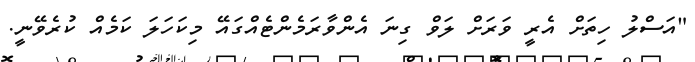
"އަސްލު ހިތަށް އެރީ ވަރަށް ލަވް ގިނަ އެންވާރަމެންޓެއްގައޭ މިކަހަލަ ކަމެއް ކުރެވޭނީ.